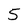
Character: 5